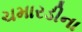
ચમારડીના